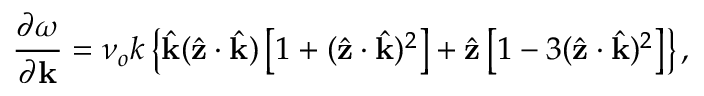
\frac { \partial \omega } { \partial \mathbf { k } } = \nu _ { o } k \left\{ \hat { \mathbf { k } } ( \hat { \mathbf { z } } \cdot \hat { \mathbf { k } } ) \left[ 1 + ( \hat { \mathbf { z } } \cdot \hat { \mathbf { k } } ) ^ { 2 } \right] + \hat { \mathbf { z } } \left[ 1 - 3 ( \hat { \mathbf { z } } \cdot \hat { \mathbf { k } } ) ^ { 2 } \right] \right\} ,